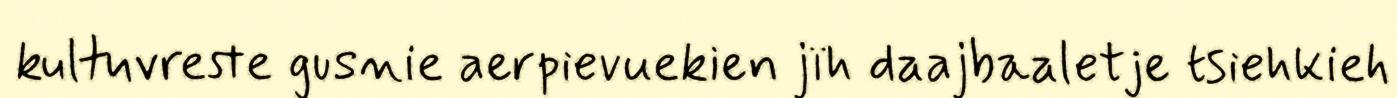
kultuvreste gusnie aerpievuekien jïh daajbaaletje tsiehkieh